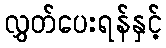
လွှတ်ပေးရန်နှင့်